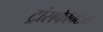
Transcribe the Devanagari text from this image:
ट्रांसफेक्टिंग